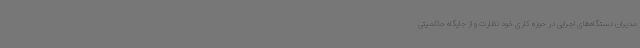
مدیران دستگاه‌های اجرایی در حوزه کاری خود نظارت و از جایگاه حاکمیتی